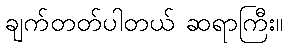
ချက်တတ်ပါတယ် ဆရာကြီး။